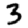
Digit: 3